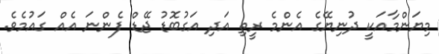
މިޔަންމާއަކީ ދުނިޔޭގެ އެންމެ ރީތި އަދި އަގުބޮޑު ޖޭޑް ފެންނަ އެއް ގައުމެވެ.